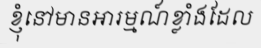
ខ្ញុំនៅមានអារម្មណ៍ខ្លាំងដែល